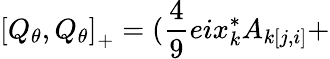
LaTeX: \left[Q_{\theta},Q_{\theta}\right]_{+}=(\frac{4}{9}eix_{k}^{*}A_{k[j,i]}+